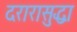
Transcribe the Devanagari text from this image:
दरारासुद्धा